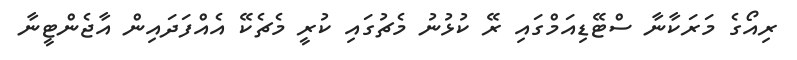
ރިއޯގެ މަރަކާނާ ސްޓޭޑިއަމްގައި ރޭ ކުޅުނު މެޗުގައި ކުރީ މެޗެކޭ އެއްފަދައިން އާޖެންޓީނާ